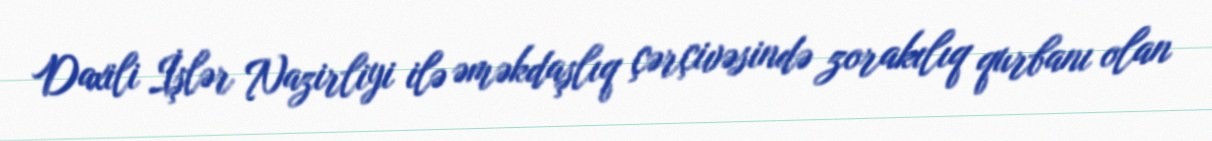
Daxili İşlər Nazirliyi ilə əməkdaşlıq çərçivəsində zorakılıq qurbanı olan